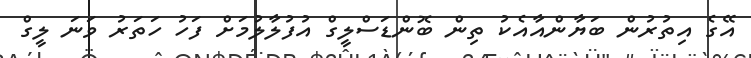
އޭގެ އިތުރުން ބަޔާންއާއެކު ތިން ބޮންޑަސްލީގް އުފުލާލުމަށް ފަހު ހަތަރު ވަނަ ލީގް